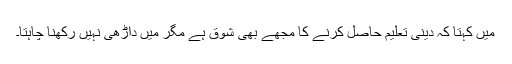
میں کہتا کہ دینی تعلیم حاصل کرنے کا مجھے بھی شوق ہے مگر میں داڑھی نہیں رکھنا چاہتا۔